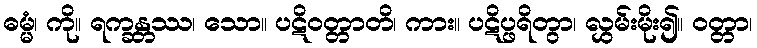
ဓမ္မံ၊ ကို။ ရက္ခန္တဿ၊ သော။ ပဋိဝတ္တာတိ၊ ကား။ ပဋိပ္ဖရိတွာ၊ လွှမ်းမိုး၍။ ဝတ္တာ၊